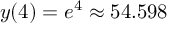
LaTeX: y ( 4 ) = e ^ { 4 } \approx 5 4 . 5 9 8